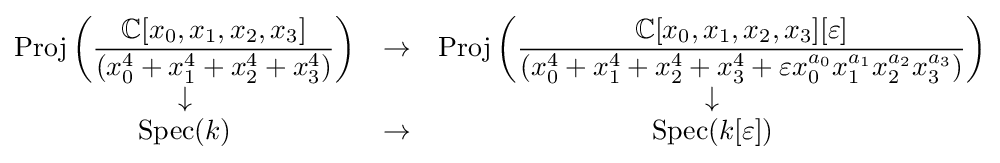
{\begin{matrix}\operatorname {Proj} \left({\dfrac {\mathbb {C} [x_{0},x_{1},x_{2},x_{3}]}{(x_{0}^{4}+x_{1}^{4}+x_{2}^{4}+x_{3}^{4})}}\right)&\to &\operatorname {Proj} \left({\dfrac {\mathbb {C} [x_{0},x_{1},x_{2},x_{3}][\varepsilon ]}{(x_{0}^{4}+x_{1}^{4}+x_{2}^{4}+x_{3}^{4}+\varepsilon x_{0}^{a_{0}}x_{1}^{a_{1}}x_{2}^{a_{2}}x_{3}^{a_{3}})}}\right)\\\downarrow &&\downarrow \\\operatorname {Spec} (k)&\to &\operatorname {Spec} (k[\varepsilon ])\end{matrix}}